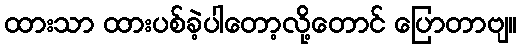
ထားသာ ထားပစ်ခဲ့ပါတော့လို့တောင် ပြောတာဗျ။